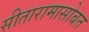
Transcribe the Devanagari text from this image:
सीतारामासोबत